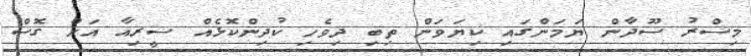
މިސްރު ސޫދާން ޔަމަންގައި ކިޔަވަން ތިބި ދިވެހި ކުދިންކޮޅެއް ސީރިއާ އަށް ގޮސް